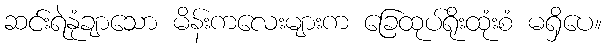
ဆင်းရဲနုံချာသော မိန်းကလေးများက ခြေထုပ်ရိုးထုံးစံ မရှိပေ။